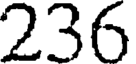
236